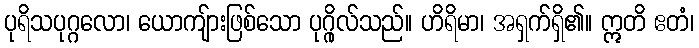
ပုရိသပုဂ္ဂလော၊ ယောကျ်ားဖြစ်သော ပုဂ္ဂိုလ်သည်။ ဟိရိမာ၊ အရှက်ရှိ၏။ ဣတိ ဧတံ၊